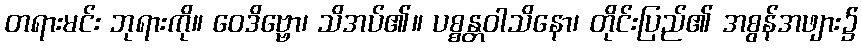
တရားမင်း ဘုရားကို။ ဝေဒိဗ္ဗော၊ သိအပ်၏။ ပစ္စန္တဝါသိနော၊ တိုင်းပြည်၏ အစွန်အဖျား၌